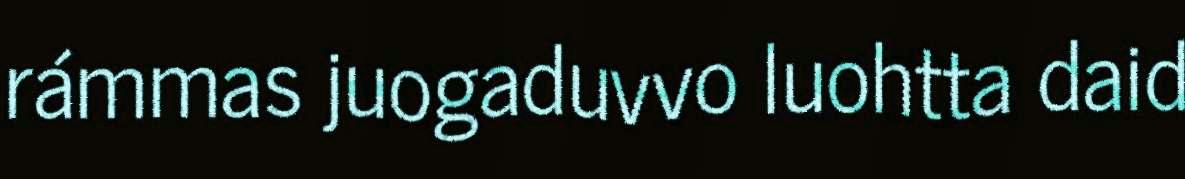
rámmas juogaduvvo luohtta daid